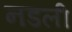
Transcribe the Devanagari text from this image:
नडली